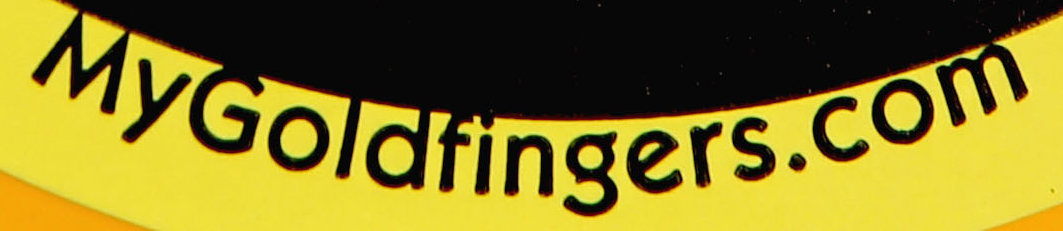
MyGoldfingers.com